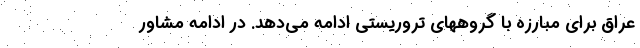
عراق برای مبارزه با گروههای تروریستی ادامه می‌دهد. در ادامه مشاور